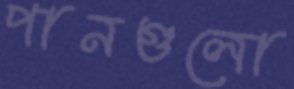
পানগুলো